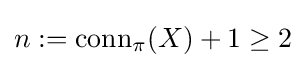
n:={\text{conn}}_{\pi }(X)+1\geq 2